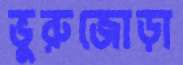
ভুরুজোড়া